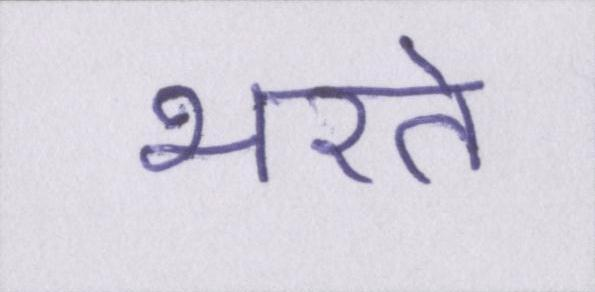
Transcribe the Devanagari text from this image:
भरते